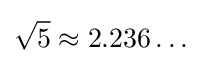
{\sqrt {5}}\approx 2.236\ldots